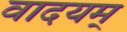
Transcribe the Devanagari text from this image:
वादयम्